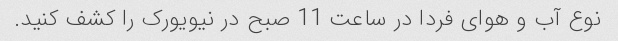
نوع آب و هوای فردا در ساعت 11 صبح در نیویورک را کشف کنید.